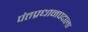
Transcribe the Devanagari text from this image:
पंतप्रधानपदाला